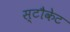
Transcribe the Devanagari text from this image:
स्टौकेट